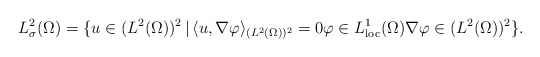
\begin{align*}L^{2}_{\sigma}(\Omega) = \{u \in (L^{2}(\Omega))^{2} \,|\,\langle u, \nabla \varphi\rangle_{(L^{2}(\Omega))^{2}} = 0 \varphi \in L^{1}_{\mathrm{loc}}(\Omega) \nabla \varphi \in (L^{2}(\Omega))^{2}\}. \end{align*}